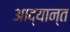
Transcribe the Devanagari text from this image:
आद्यान्त